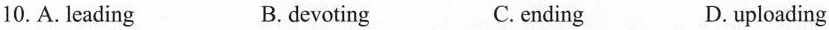
10.A.leading B.devoting C. ending D. uploading